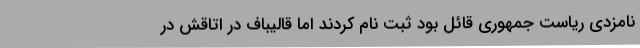
نامزدی ریاست جمهوری قائل بود ثبت نام کردند اما قالیباف در اتاقش در